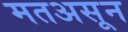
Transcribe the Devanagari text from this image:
मतअसून